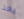
بعد